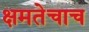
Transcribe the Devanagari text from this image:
क्षमतेचाच